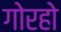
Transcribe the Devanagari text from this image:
गोरहो